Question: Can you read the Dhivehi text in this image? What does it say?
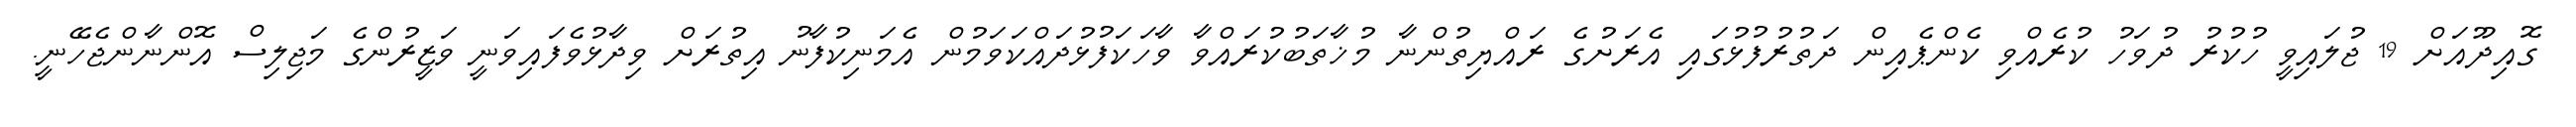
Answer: ގޮއިދޫއަށް 19 ޖުލައިވީ ހުކުރު ދުވަހު ކުރެއްވި ކެންޕެއިން ދަތުރުފުޅުގައި އެރަށުގެ ރައްޔިތުންނާ މުޚާތަބުކުރައްވާ ވާހަކަފުޅުދައްކަވަމުން އެމަނިކުފާނު އިތުރަށް ވިދާޅުވެފައިވަނީ ވަޒީރުންގެ މަޖިލިސް އޮންނާންޖެހޭނީ.